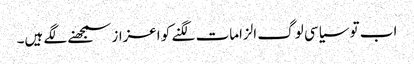
اب تو سیاسی لوگ الزامات لگنے کو اعزاز سمجھنے لگے ہیں۔